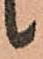
候